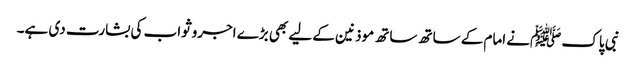
نبی پاک ﷺنے امام کے ساتھ ساتھ موذنین کے لیے بھی بڑے اجروثواب کی بشارت دی ہے۔